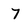
Character: 7